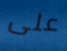
على